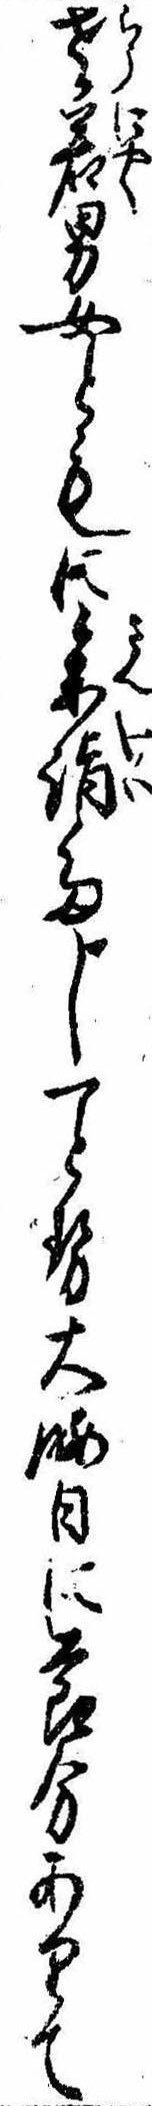
老若男女ともに参詣多し一とせ大晦日に節分ありて